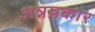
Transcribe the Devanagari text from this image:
अन्नप्रकार